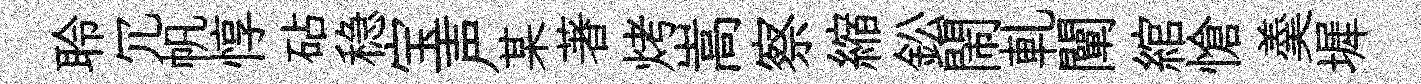
聆冗帆惇砧稳宝声某著烤嵩察縮鈆閙軋闡綰愴羮墀